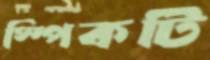
স্পিকটি